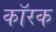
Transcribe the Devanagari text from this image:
कॉरक